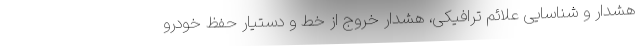
هشدار و شناسایی علائم ترافیکی، هشدار خروج از خط و دستیار حفظ خودرو